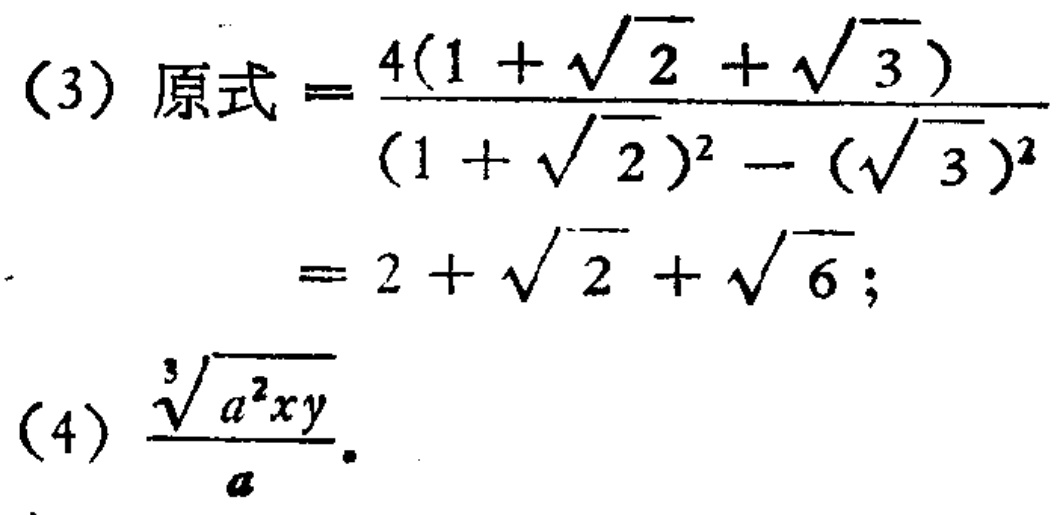
(3) 原式$=\frac{4(1 + \sqrt{2}+\sqrt{3})}{(1 + \sqrt{2})^{2}-(\sqrt{3})^{2}}= 2+\sqrt{2}+\sqrt{6}$；

(4) $\frac{\sqrt[3]{a^{2}xy}}{a}$